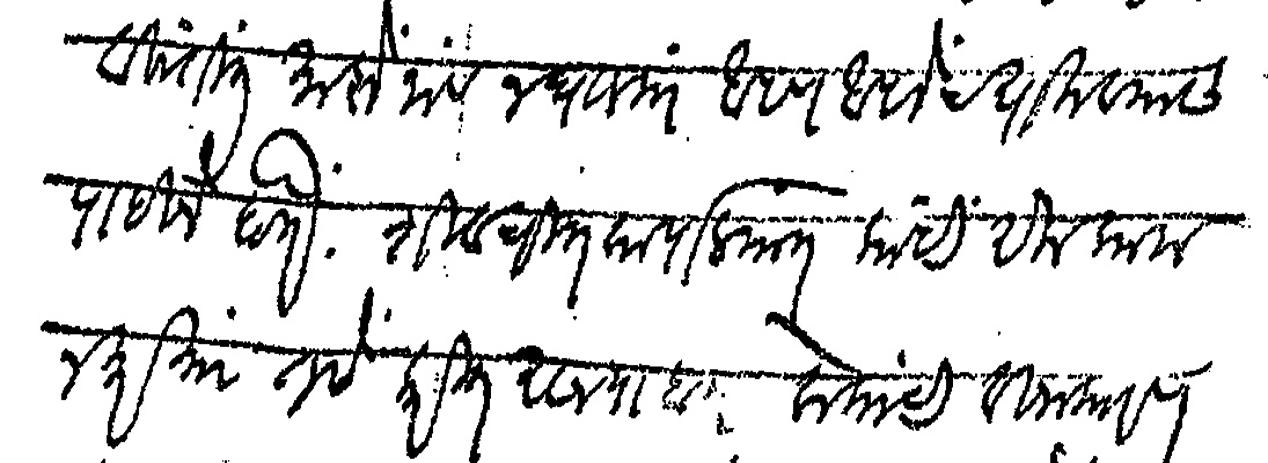
Transliteration (Devanagari): विनंतीत माझे नाव न घालता आपण आपलेच घालावयास पाहिजे होते शिवचरित्र कार्यालयात काही एक काम न करिता तसे करीत असल्याब लोकांची विनाकारण